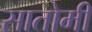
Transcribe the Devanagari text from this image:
सातोमी